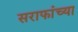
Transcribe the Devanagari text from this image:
सराफांच्या